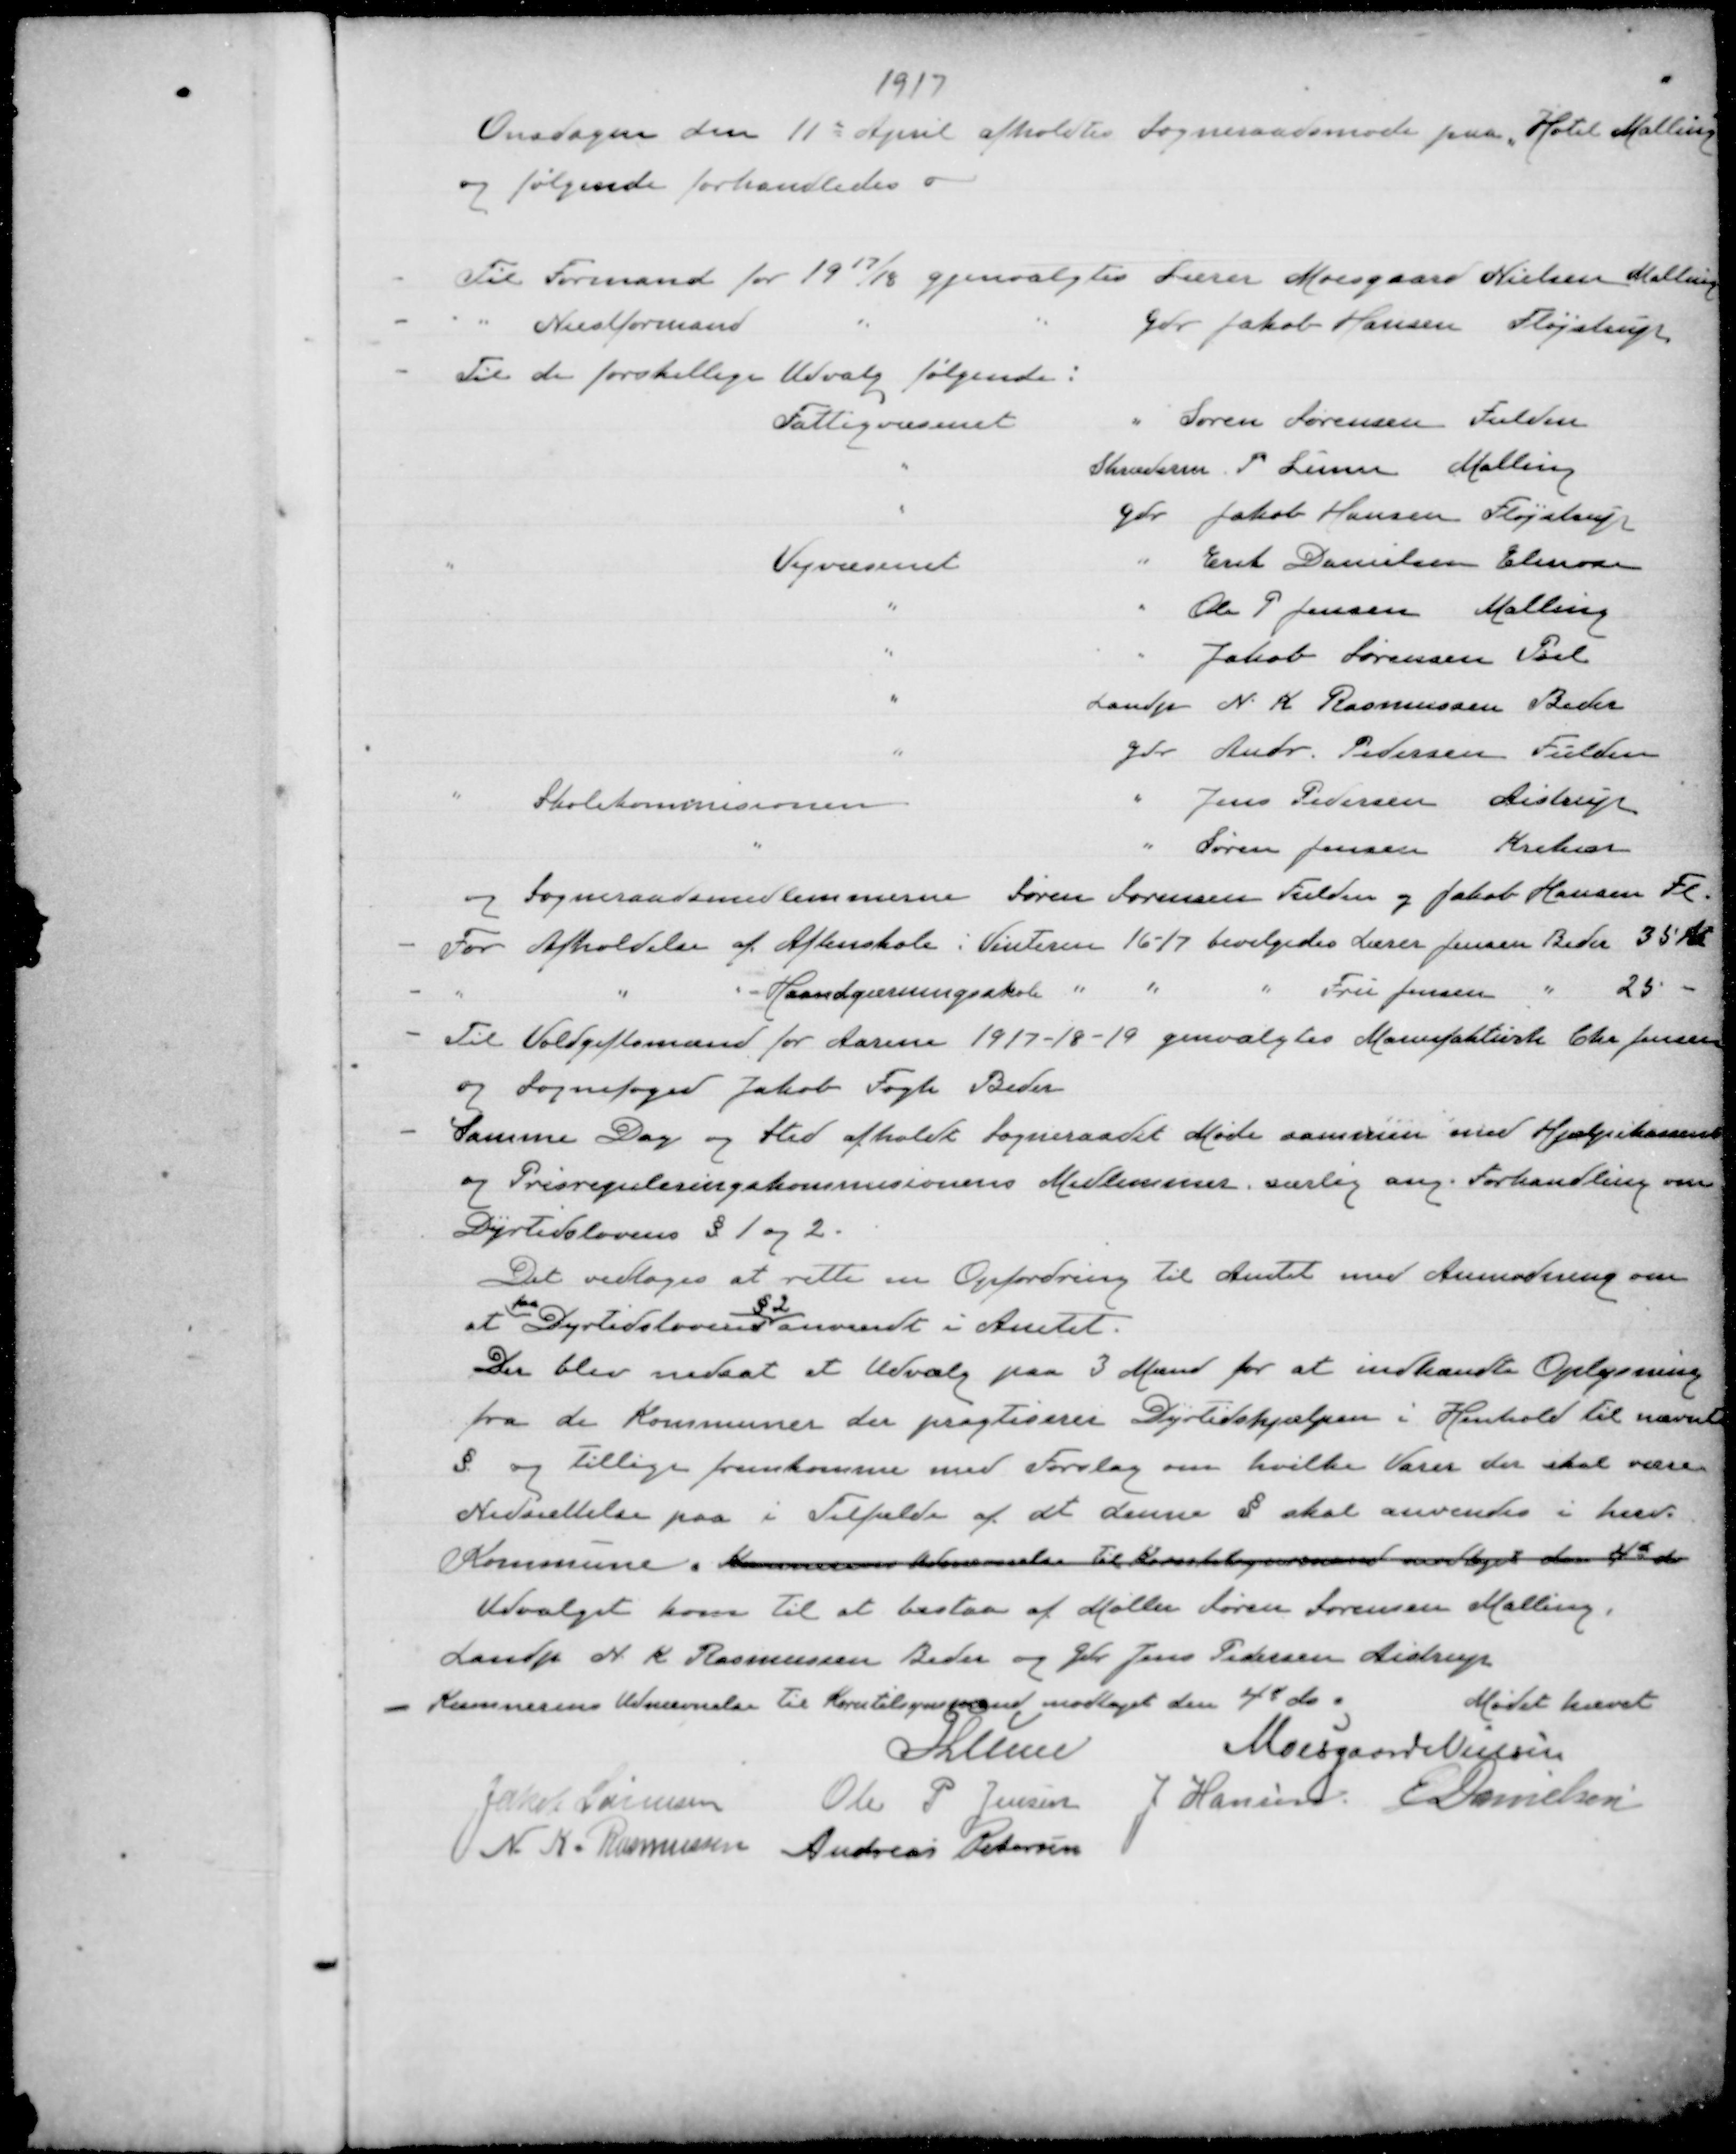
Transskription:
1917

Onsdagen den 11de April afholdte Sogneraadsmøde paa Hotel Malling
og følgende forhandledes
Til Formand for 1917/18 gjenvalgtes Lærer Moesgaard Nielsen Malling
"
Næstformand
"
"
Gdr Jakob Hansen Fløjstrup
Til de forskellige Udvalg følgende:

og Sogneraadsmedlemmerene Søren Sørensen Fulden og Jakob Hansen Fl
For Afholdelse af Aftenskole i Vinteren 16-17 bevilgedes Lærer Jensen Beder 35 kr
"
"
Haandgerningsskole
"
"
"
Fru Jensen " 25 -
Til Voldgiftsmand for Aarene 1917-18-19 genvalgtes Manufakturh Chr Jensen
og Sognefoged Jakob Fogh Beder
Samme Dag og Sted afholdte Sogneraadet Møde sammen med Hjælpekassen
og Prisreguleringskommissionens Medlemmer særlig ang Forhandling om
Dyrtidslovens § 1og 2.

Det vedtoges at rette en Opfordring til Amtet med Anmodning om
at
faa
Dyrtidslovens
§2
anvendt i Amtet.
Der blev nedsat et Udvalg paa 3 Mand for at indhændte Oplysning
fra de Kommuner der pragtiserer Dyrtidshjælpen i Henhold til nævnte
§ og Tillige fremkomme med Forslag om hvilke Varer der skal være
Nedsættelse paa i Tilfælde af at denne § skal anvendes i hver
Kommune.
Udvalget kom til at bestaa af Møller Søren Sørensen Malling,
Landp N K Rasmussen Beder og Gdr Jens Pedersen Aistrup
Kommunens Udnævnelse til Korntilsynsmand modtaget den 4e ds.
Mødet hævet

Lunn

Moesgaard Nielsen

Jakob Sørensen
N K Rasmussen

Ole P. Jensen
Andreas Pedersen

J Hansen
E Danielsen